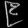
Digit: ၉